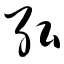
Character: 弘